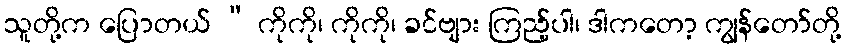
သူတို့က ပြောတယ် “ ကိုကို၊ ကိုကို၊ ခင်ဗျား ကြည့်ပါ၊ ဒါကတော့ ကျွန်တော်တို့